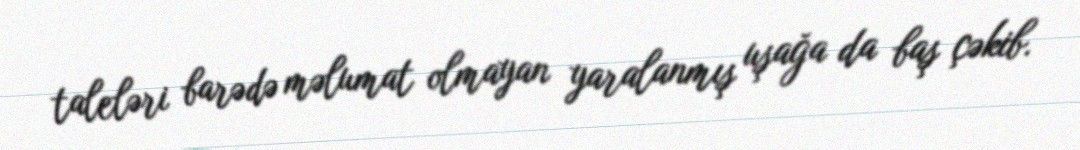
taleləri barədə məlumat olmayan yaralanmış uşağa da baş çəkib.